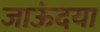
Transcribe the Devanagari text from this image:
जाऊंदया